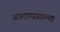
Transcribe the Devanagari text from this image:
चालण्यातल्या